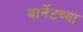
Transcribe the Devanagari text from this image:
बार्नेटच्या